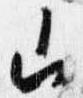
山